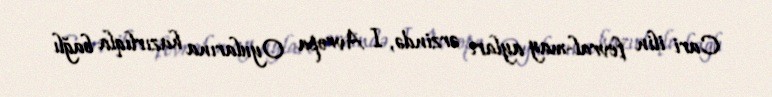
Cari ilin fevral-may ayları ərzində, I Avropa Oyularına hazırlıqla bağlı